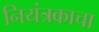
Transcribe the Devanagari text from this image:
नियंत्रकाचा